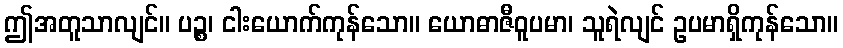
ဤအတူသာလျင်။ ပဉ္စ၊ ငါးယောက်ကုန်သော။ ယောဓာဇီဝူပမာ၊ သူရဲလျင် ဥပမာရှိကုန်သော။